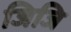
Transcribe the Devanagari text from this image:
जिजि